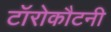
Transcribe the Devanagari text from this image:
टॉरोकौटनी